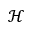
\mathcal { H }